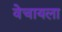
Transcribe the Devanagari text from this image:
वेचायला